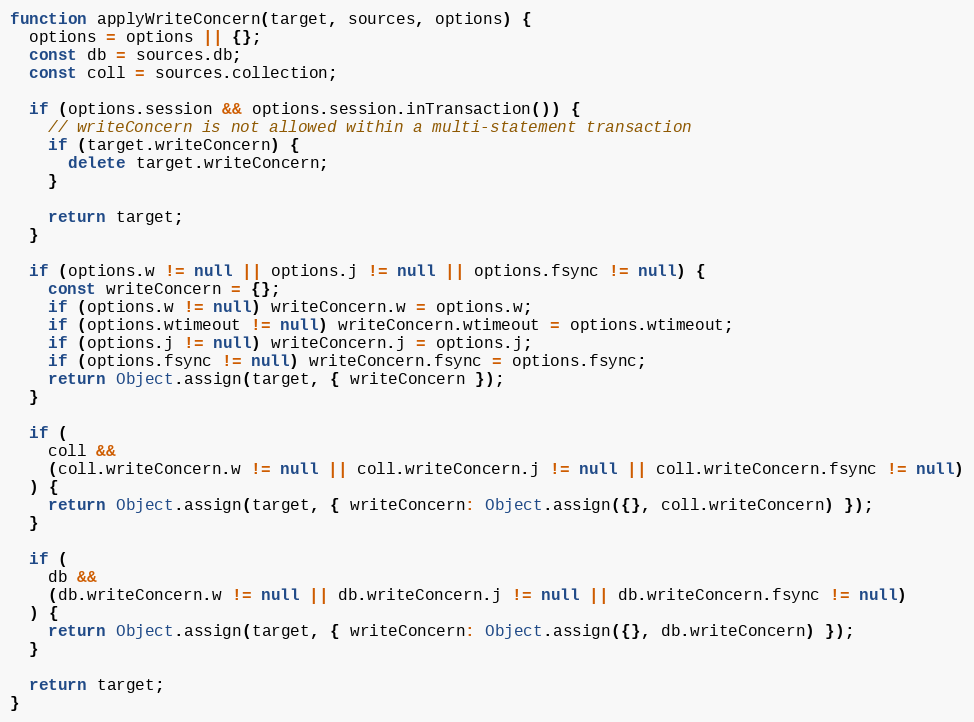
Language: JavaScript
function applyWriteConcern(target, sources, options) {
  options = options || {};
  const db = sources.db;
  const coll = sources.collection;

  if (options.session && options.session.inTransaction()) {
    // writeConcern is not allowed within a multi-statement transaction
    if (target.writeConcern) {
      delete target.writeConcern;
    }

    return target;
  }

  if (options.w != null || options.j != null || options.fsync != null) {
    const writeConcern = {};
    if (options.w != null) writeConcern.w = options.w;
    if (options.wtimeout != null) writeConcern.wtimeout = options.wtimeout;
    if (options.j != null) writeConcern.j = options.j;
    if (options.fsync != null) writeConcern.fsync = options.fsync;
    return Object.assign(target, { writeConcern });
  }

  if (
    coll &&
    (coll.writeConcern.w != null || coll.writeConcern.j != null || coll.writeConcern.fsync != null)
  ) {
    return Object.assign(target, { writeConcern: Object.assign({}, coll.writeConcern) });
  }

  if (
    db &&
    (db.writeConcern.w != null || db.writeConcern.j != null || db.writeConcern.fsync != null)
  ) {
    return Object.assign(target, { writeConcern: Object.assign({}, db.writeConcern) });
  }

  return target;
}